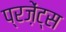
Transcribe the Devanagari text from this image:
प्रज़ेंट्स